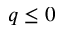
q \leq 0